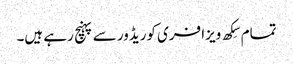
تمام سِکھ ویزا فری کوریڈور سے پہنچ رہے ہیں۔